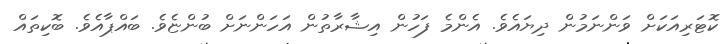
ކޮޓަރިއަކަށް ވަންނަމުން ދިޔައެވެ. އެންމެ ފަހުން އިޝާރާތުން އަހަންނަށް ބުންޏެވެ. ބައްޕާއެވެ. ބޮކިތައް